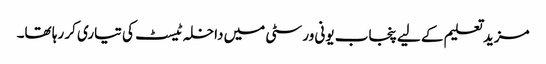
مزید تعلیم کے لیے پنجاب یونی ورسٹی میں داخلہ ٹیسٹ کی تیاری کر رہا تھا۔